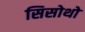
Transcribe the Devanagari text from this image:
सिसोथो